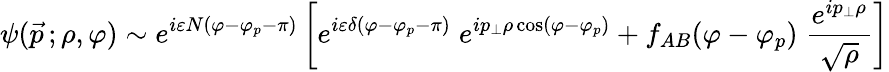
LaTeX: \psi(\vec{p}\, ;\rho,\varphi)\sim e^{i\varepsilon N(\varphi-\varphi_{p}-\pi)}\left[e^{i\varepsilon\delta(\varphi-\varphi_{p}-\pi)}\; e^{ip_{\perp}\rho\cos(\varphi-\varphi_{p})}+f_{AB}(\varphi-\varphi_{p})\; {\frac{e^{ip_{\perp}\rho}}{\sqrt{\rho}}}\right]